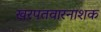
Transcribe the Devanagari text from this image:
खरपतवारनाशक